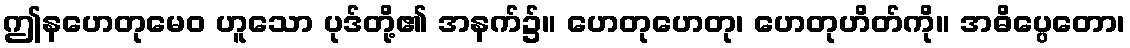
ဤနဟေတုမေဝ ဟူသော ပုဒ်တို့၏ အနက်၌။ ဟေတုဟေတု၊ ဟေတုဟိတ်ကို။ အဓိပ္ပေတော၊